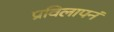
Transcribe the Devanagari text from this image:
प्रविलापनं